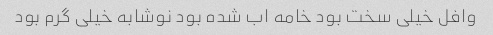
وافل خیلی سخت بود خامه اب شده بود نوشابه خیلی گرم بود